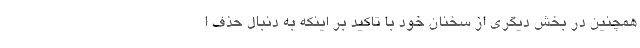
همچنین در بخش دیگری از سخنان خود با تاکید بر اینکه به دنبال حذف ا